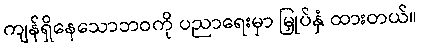
ကျန်ရှိနေသောဘဝကို ပညာရေးမှာ မြှုပ်နှံ ထားတယ်။